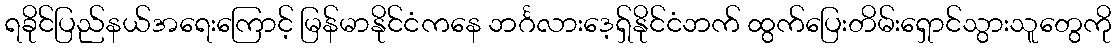
ရခိုင်ပြည်နယ်အရေးကြောင့် မြန်မာနိုင်ငံကနေ ဘင်္ဂလားဒေ့ရှ်နိုင်ငံဘက် ထွက်ပြေးတိမ်းရှောင်သွားသူတွေကို